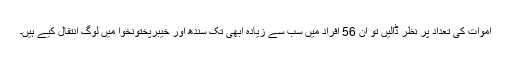
اموات کی تعداد پر نظر ڈالیں تو ان 56 افراد میں سب سے زیادہ ابھی تک سندھ اور خیبرپختونخوا میں لوگ انتقال کیے ہیں۔